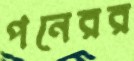
পনেরর